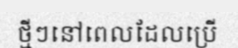
ថ្មីៗនៅពេលដែលប្រើ